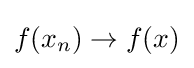
f(x_{n})\to f(x)